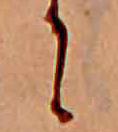
に